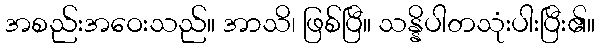
အစည်းအဝေးသည်။ အာသိ၊ ဖြစ်ပြီ။ သန္နိပါတသုံးပါးပြီး၏။